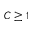
C \geq 1